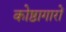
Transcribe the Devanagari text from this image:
कोष्ठागारों